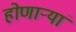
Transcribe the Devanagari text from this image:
होणाऱ्यां